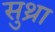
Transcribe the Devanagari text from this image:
सुथ्रा